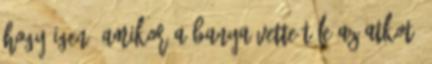
hogy igen, amikor a banya vette tőle az atkot,